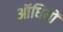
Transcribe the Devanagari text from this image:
ऑधियों